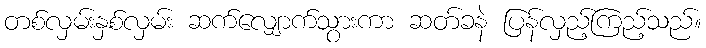
တစ်လှမ်းနှစ်လှမ်း ဆက်လျှောက်သွားကာ ဆတ်ခနဲ ပြန်လှည့်ကြည့်သည်။